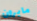
مايرون